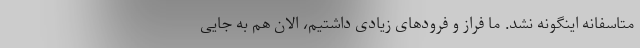
متاسفانه اینگونه نشد. ما فراز و فرودهای زیادی داشتیم، الان هم به جایی